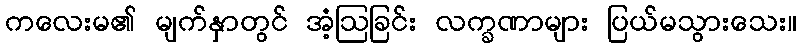
ကလေးမ၏ မျက်နှာတွင် အံ့ဩခြင်း လက္ခဏာများ ပြယ်မသွားသေး။